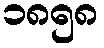
၁၈၅၈